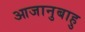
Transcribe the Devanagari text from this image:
आजानुबाहु